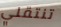
تنتقلي